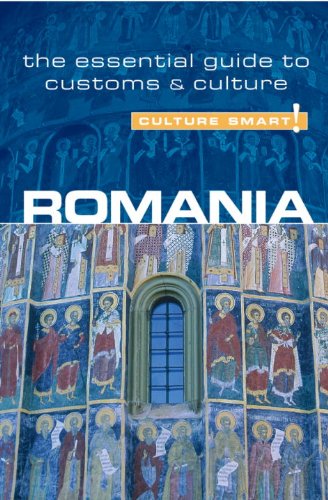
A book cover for Romania - Culture Smart!: the essential guide to customs & culture; Debbie Stowe; Business & Money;